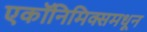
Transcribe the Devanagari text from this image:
एकॉनिमिक्समधून